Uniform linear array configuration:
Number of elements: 24
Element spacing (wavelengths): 1
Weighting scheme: blackman
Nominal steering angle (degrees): -30
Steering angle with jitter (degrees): -31.384
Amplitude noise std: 0.05
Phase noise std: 0.05

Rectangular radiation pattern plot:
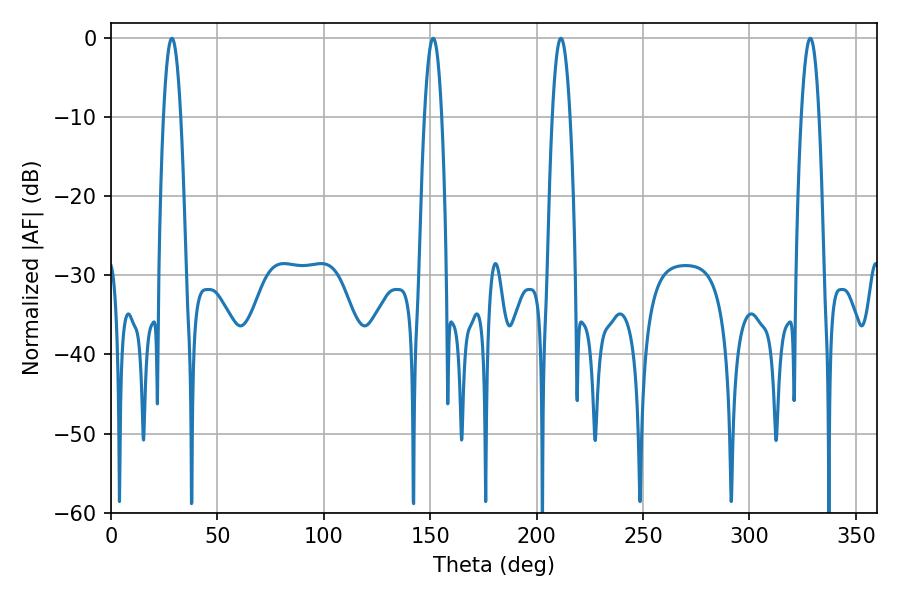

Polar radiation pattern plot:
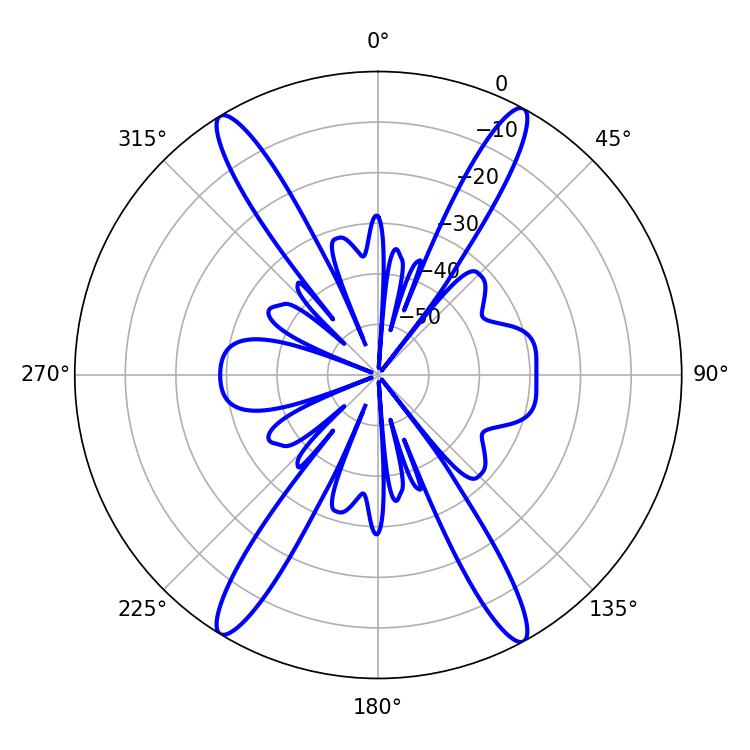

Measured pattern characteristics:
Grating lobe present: TRUE
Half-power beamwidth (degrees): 4.32
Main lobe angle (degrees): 28.62